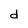
Character: d